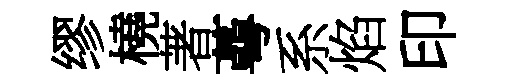
缪橈著蕚系焰印